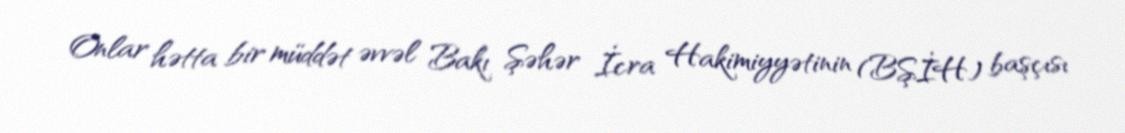
Onlar hətta bir müddət əvvəl Bakı Şəhər İcra Hakimiyyətinin (BŞİH) başçısı